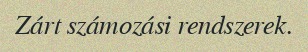
Zárt számozási rendszerek.